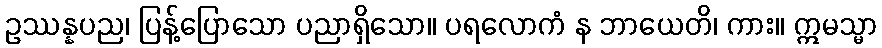
ဥဿန္နပည၊ ပြန့်ပြောသော ပညာရှိသော။ ပရလောကံ န ဘာယေတိ၊ ကား။ ဣမသ္မာ